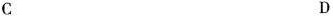
C D